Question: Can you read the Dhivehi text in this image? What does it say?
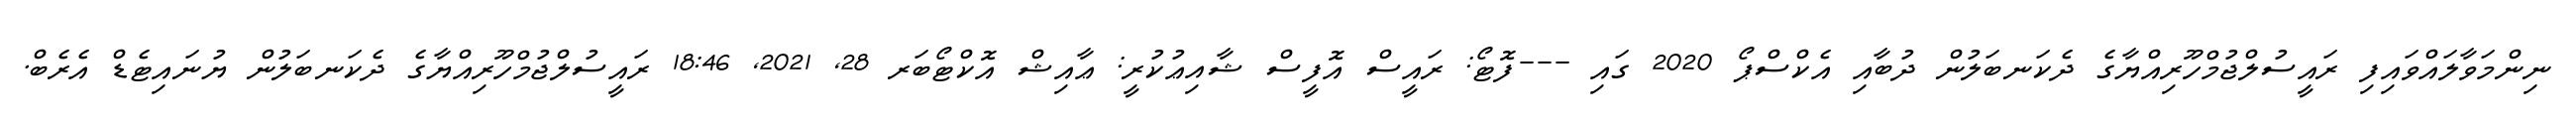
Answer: ނިންމަވާލައްވައިފި ރައީސުލްޖުމްހޫރިއްޔާގެ ދެކަނބަލުން ދުބާއި އެކްސްޕޯ 2020 ގައި ---ފޮޓޯ: ރައީސް އޮފީސް ޝާއިޢުކުރީ: ޢާއިޝް އޮކްޓޯބަރ 28, 2021, 18:46 ރައީސުލްޖުމްހޫރިއްޔާގެ ދެކަނބަލުން ޔުނައިޓެޑް އެރެބް.